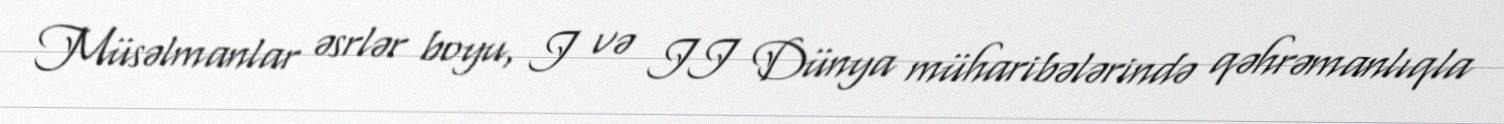
Müsəlmanlar əsrlər boyu, I və II Dünya müharibələrində qəhrəmanlıqla